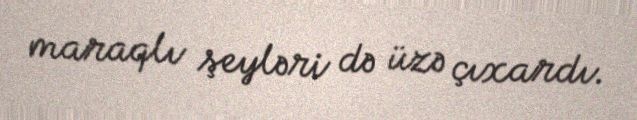
maraqlı şeyləri də üzə çıxardı.